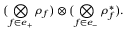
\bigl ( \bigotimes _ { f \in e _ { + } } \rho _ { f } \bigr ) \otimes \bigl ( \bigotimes _ { f \in e _ { - } } \rho _ { f } ^ { \ast } \bigr ) .